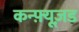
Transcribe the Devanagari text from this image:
कन्फ़्यूज़ड